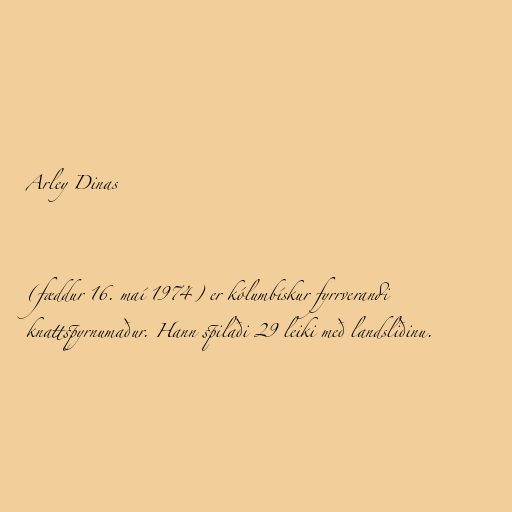
Arley Dinas

(fæddur 16. maí 1974) er kólumbískur fyrrverandi
knattspyrnumaður. Hann spilaði 29 leiki með landsliðinu.